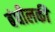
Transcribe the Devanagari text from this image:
बंधीलकी